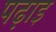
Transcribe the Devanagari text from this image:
पढ़ाइ